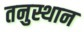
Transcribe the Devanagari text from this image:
तनुस्थान